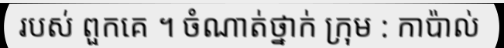
របស់ ពួកគេ ។ ចំណាត់ថ្នាក់ ក្រុម : កាប៉ាល់